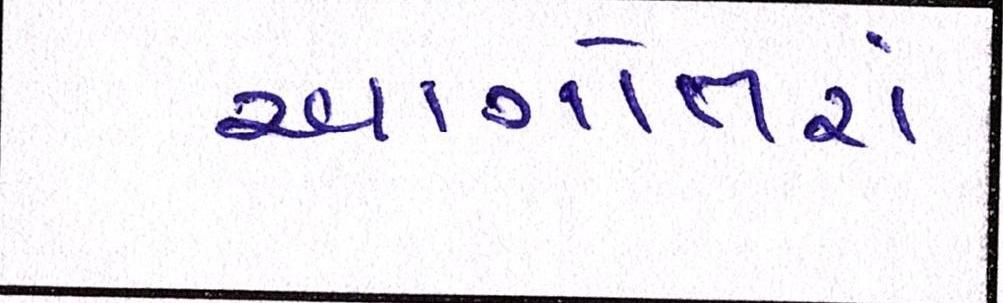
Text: આગોતરાં